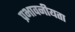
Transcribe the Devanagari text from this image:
प्रभावनीयता